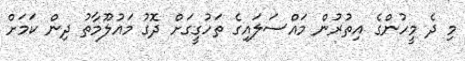
މި ދެ މީހުންގެ އިތުރުން މައްސަލައިގެ ތަހުގީގަށް ދޮގު މައުލޫމާތު ދިން ކަމަށް